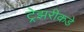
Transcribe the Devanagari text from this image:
ट्रेझरीकडे